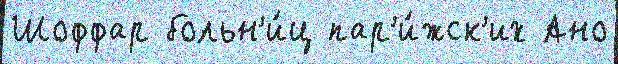
Шоффар больн'и́ц пар'и́жск'их Ано